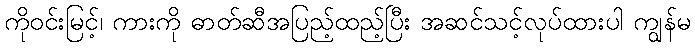
ကိုဝင်းမြင့်၊ ကားကို ဓာတ်ဆီအပြည့်ထည့်ပြီး အဆင်သင့်လုပ်ထားပါ ကျွန်မ